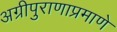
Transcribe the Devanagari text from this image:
अग्रीपुराणाप्रमाणे